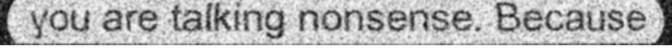
you are talking nonsense. Because